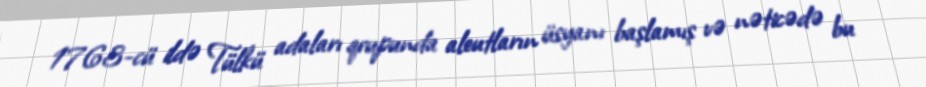
1763-cü ildə Tülkü adaları qrupunda aleutların üsyanı başlamış və nəticədə bu